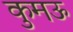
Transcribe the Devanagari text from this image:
कुमऊ